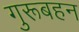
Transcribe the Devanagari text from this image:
गुरूबहन